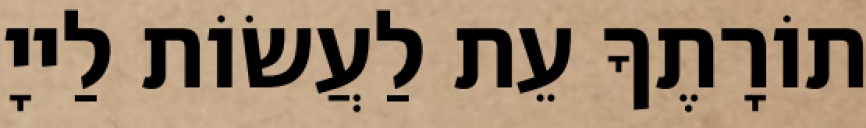
תוֹרָתֶךָ עֵת לַעֲשׂוֹת לַייָ